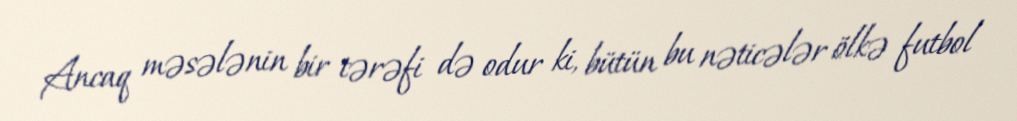
Ancaq məsələnin bir tərəfi də odur ki, bütün bu nəticələr ölkə futbol